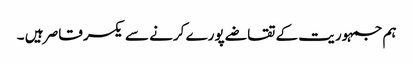
ہم جمہوریت کے تقاضے پورے کرنے سے یکسر قاصر ہیں ۔